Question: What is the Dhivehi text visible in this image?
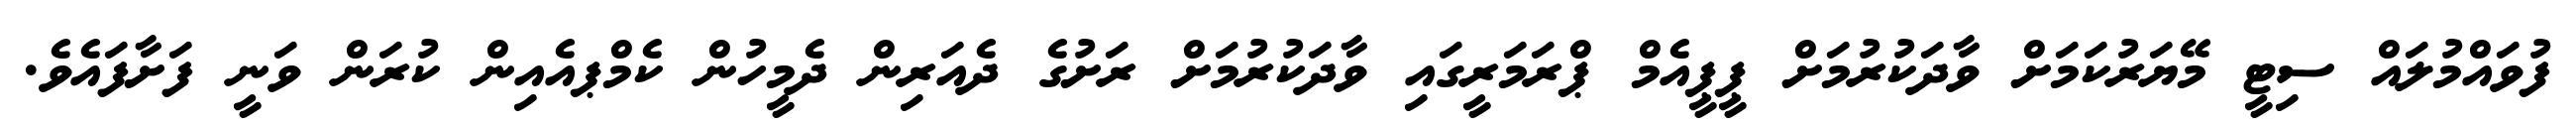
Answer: ފުވައްމުލައް ސިޓީ މޭޔަރުކަމަށް ވާދަކުރުމަށް ޕީޕީއެމް ޕްރަމަރީގައި ވާދަކުރުމަށް ރަށުގެ ދެއަރިން ދެމީހުން ކެމްޕއެއިން ކުރަން ވަނީ ފަށާފައެވެ.